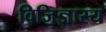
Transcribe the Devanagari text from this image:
विजिज्ञास्य